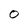
Character: 0